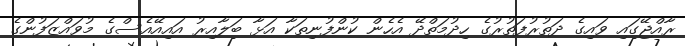
ރާއްޖޭގައި ވައިގެ ދަތުރުފަތުރުގެ ހިދުމަތްދޭ އެހެން ކުންފުނިތަކާ އަޅާ ބަލާއިރު އައިއޭއެސްގެ މުވައްޒަފުންގެ